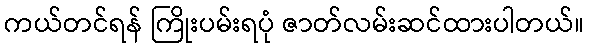
ကယ်တင်ရန် ကြိုးပမ်းရပုံ ဇာတ်လမ်းဆင်ထားပါတယ်။